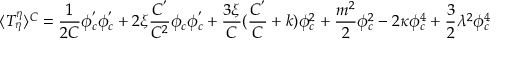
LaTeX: \langle T _ { \eta } ^ { \eta } \rangle ^ { C } = \frac 1 { 2 C } \phi _ { c } ^ { ^ { \prime } } \phi _ { c } ^ { ^ { \prime } } + 2 \xi \frac { C ^ { ^ { \prime } } } { C ^ { 2 } } \phi _ { c } \phi _ { c } ^ { ^ { \prime } } + \frac { 3 \xi } C ( \frac { C ^ { ^ { \prime } } } C + k ) \phi _ { c } ^ { 2 } + \frac { m ^ { 2 } } 2 \phi _ { c } ^ { 2 } - 2 \kappa \phi _ { c } ^ { 4 } + \frac 3 2 \lambda ^ { 2 } \phi _ { c } ^ { 4 }